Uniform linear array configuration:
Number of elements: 64
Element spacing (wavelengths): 0.25
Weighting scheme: binomial
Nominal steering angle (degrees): -30
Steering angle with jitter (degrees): -30.979
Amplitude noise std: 0.05
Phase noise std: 0.05

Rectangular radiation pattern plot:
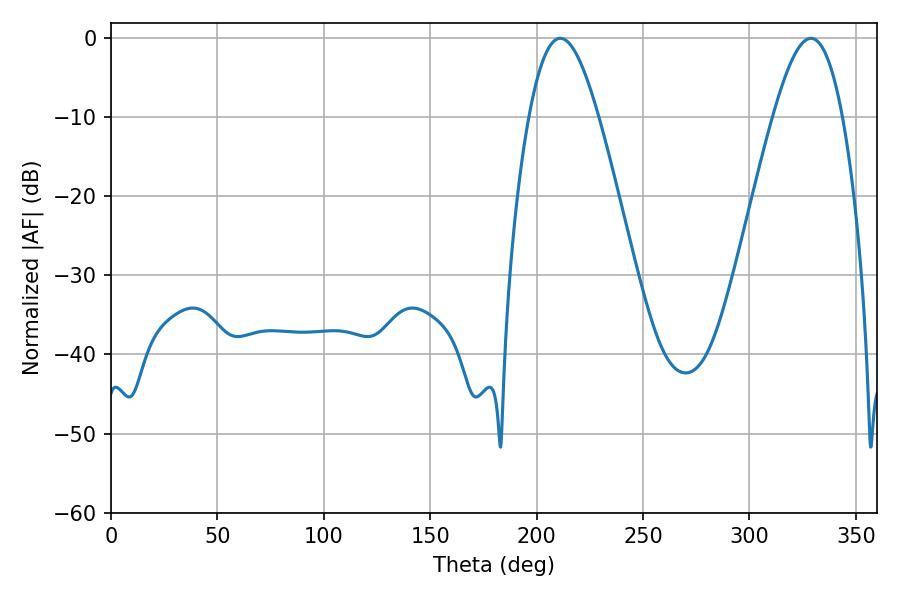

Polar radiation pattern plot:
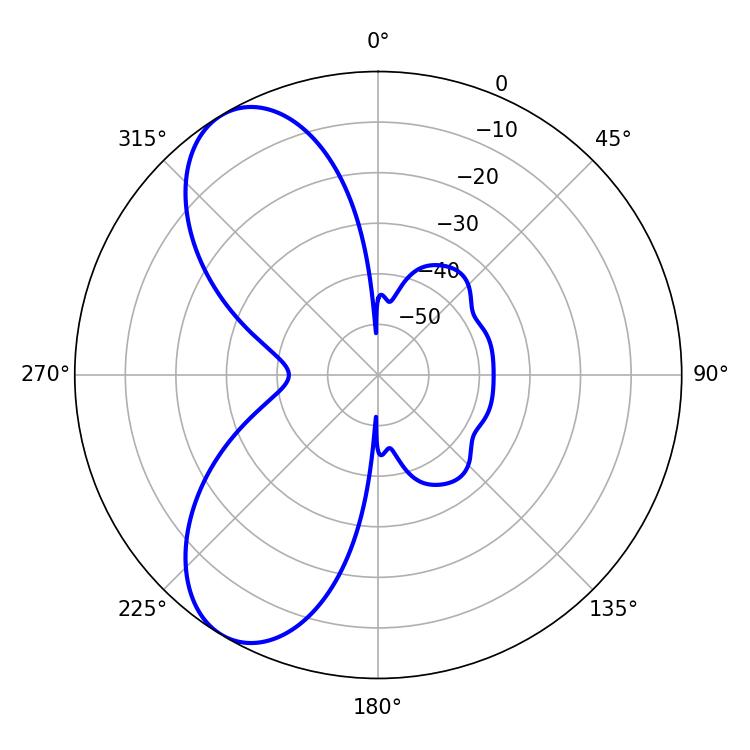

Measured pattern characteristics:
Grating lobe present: FALSE
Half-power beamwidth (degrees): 17.64
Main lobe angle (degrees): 211.14